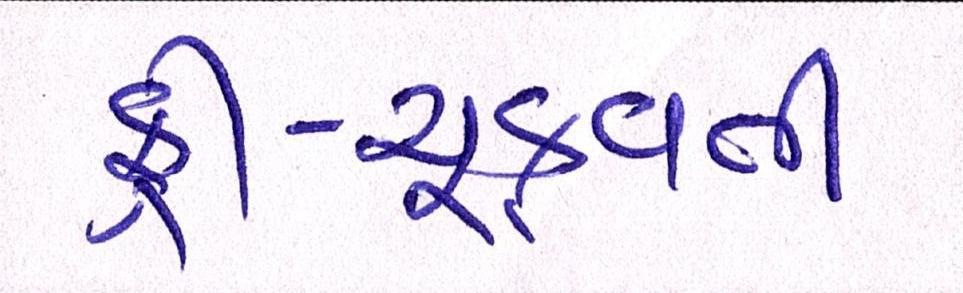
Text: ફી-ચૂકવતી